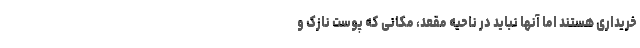
خریداری هستند اما آنها نباید در ناحیه مقعد، مکانی که پوست نازک و